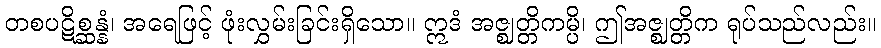
တစပဋိစ္ဆန္နံ၊ အရေဖြင့် ဖုံးလွှမ်းခြင်းရှိသော။ ဣဒံ အဇ္ဈတ္တိကမ္ပိ၊ ဤအဇ္ဈတ္တိက ရုပ်သည်လည်း။